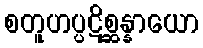
စတူဟပ္ပဋိစ္ဆန္နာယော